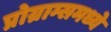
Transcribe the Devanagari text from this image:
प्रोग्राम्समध्ये